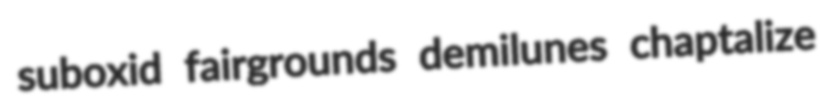
suboxid fairgrounds demilunes chaptalize